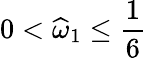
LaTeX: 0<\widehat{\omega}_{1}\le\frac 16